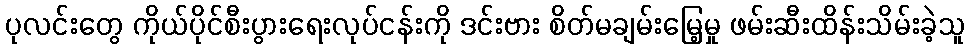
ပုလင်းတွေ ကိုယ်ပိုင်စီးပွားရေးလုပ်ငန်းကို ဒင်းဗား စိတ်မချမ်းမြေ့မှု ဖမ်းဆီးထိန်းသိမ်းခဲ့သူ